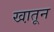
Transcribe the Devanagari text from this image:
खा़तून